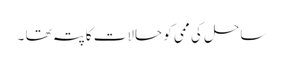
ساحل کی ممی کو حالات کاپتہ تھا ۔